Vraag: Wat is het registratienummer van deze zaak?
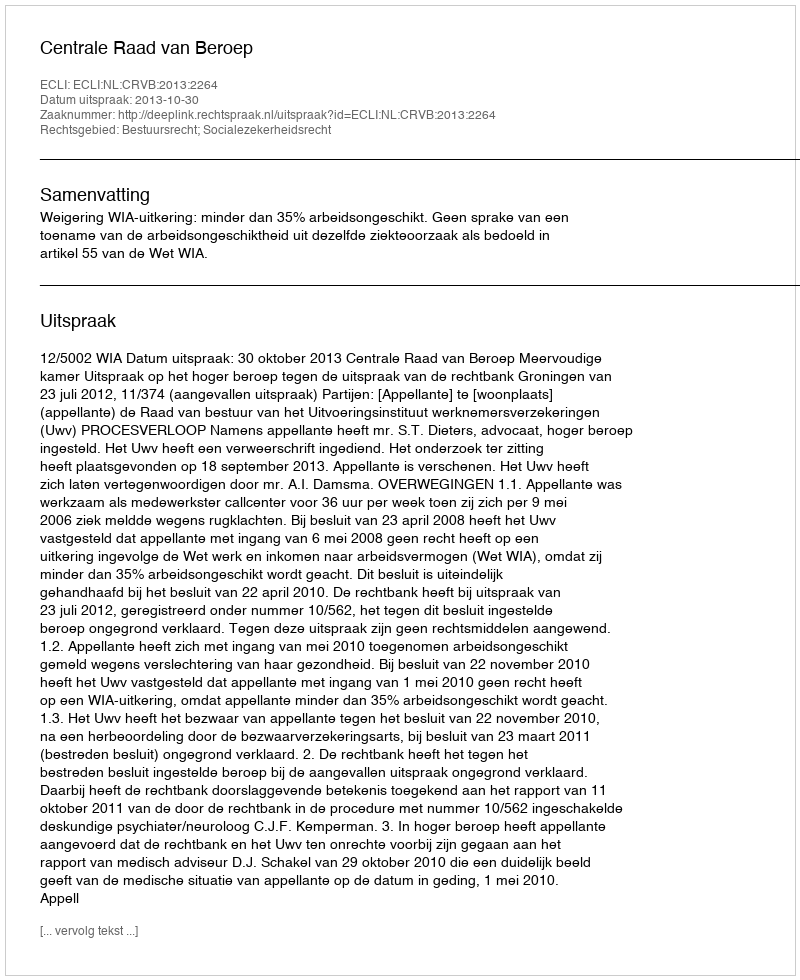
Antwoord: http://deeplink.rechtspraak.nl/uitspraak?id=ECLI:NL:CRVB:2013:2264